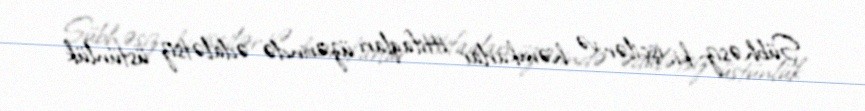
Şübhəsiz ki, işçilər və həmkarlar ittifaqları üzərində ədalətsiz üstünlük